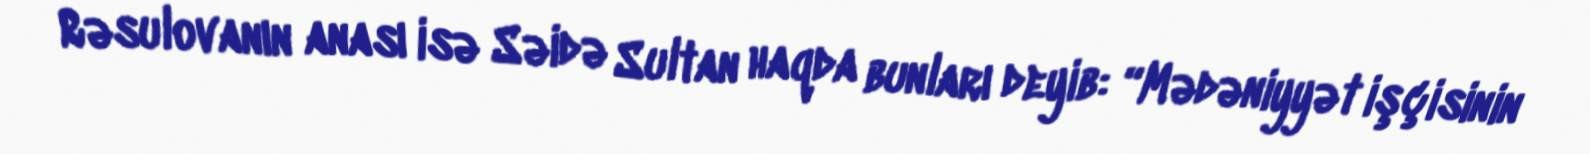
Rəsulovanın anası isə Səidə Sultan haqda bunları deyib: “Mədəniyyət işçisinin